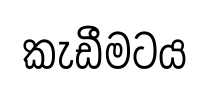
කැඩීමටය